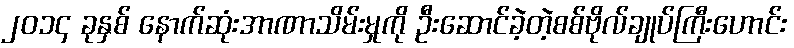
၂၀၁၄ ခုနှစ် နောက်ဆုံးအာဏာသိမ်းမှုကို ဦးဆောင်ခဲ့တဲ့စစ်ဗိုလ်ချုပ်ကြီးဟောင်း